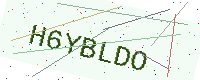
Text: H6YBLDO